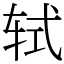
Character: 轼